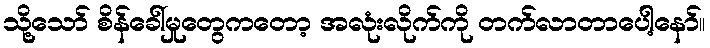
သို့သော် စိန်ခေါ်မှုတွေကတော့ အလုံးလိုက်ကို တက်လာတာပေါ့နော်။